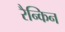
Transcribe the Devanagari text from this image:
रैन्किन